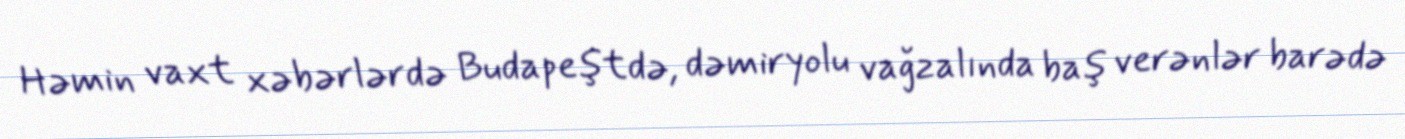
Həmin vaxt xəbərlərdə Budapeştdə, dəmiryolu vağzalında baş verənlər barədə